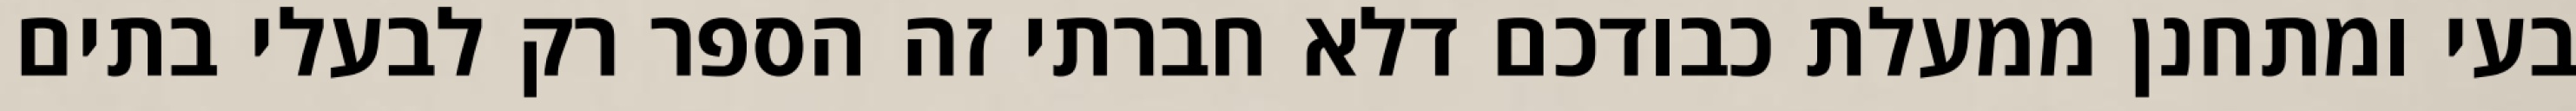
בעי ומתחנן ממעלת כבודכם דלא חברתי זה הספר רק לבעלי בתים